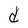
Character: d